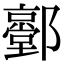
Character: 𨟐